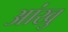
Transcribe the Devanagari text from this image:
आंखु